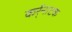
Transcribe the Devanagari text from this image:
कर्र्नाटक